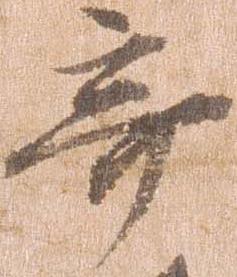
奇